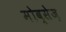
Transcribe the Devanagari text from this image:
मोव्सेज़